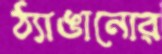
ঠ্যাঙানোর